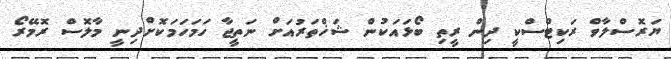
ޔަރޮސްލާވް ރަކިޓްސްކީ ދިން ރީތި ބޯޅައަކުން ޝަޚްތަރުއަށް ނަތީޖާ ހަމަހަމަކޮށްދިނީ މާލޮސް ރޮމޭރޯ